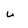
Character: w